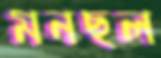
মনছল